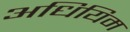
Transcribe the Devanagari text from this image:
अधियिम